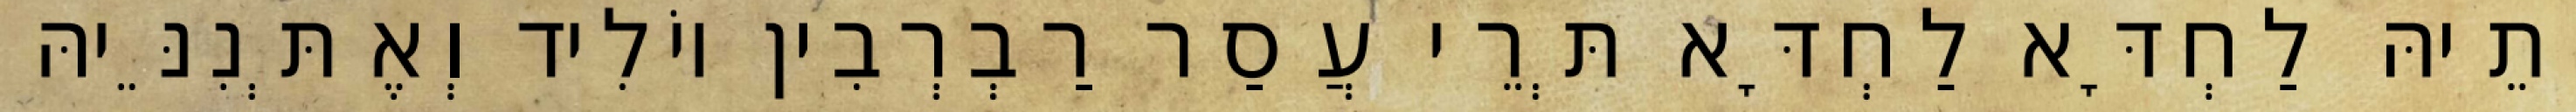
יָתֵיהּ לַחְדָּא לַחְדָּא תְּרֵי עֲסַר רַבְרְבִין יוֹלִיד וְאֶתְּנִנֵּיהּ